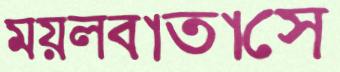
ময়লবাতাসে